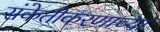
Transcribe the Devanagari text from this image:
संकेतीकरणाच्या